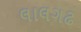
લાલગઢ